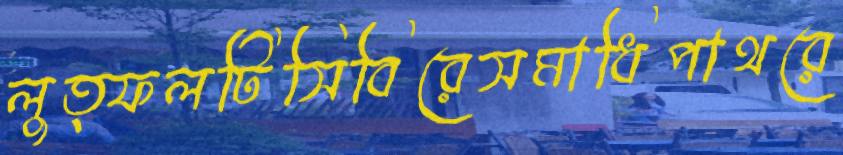
লুত্ফলটিসিবিরেসমাধিপাথরে